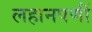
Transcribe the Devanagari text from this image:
लहानपणीं